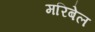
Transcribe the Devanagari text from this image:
मरिबेल